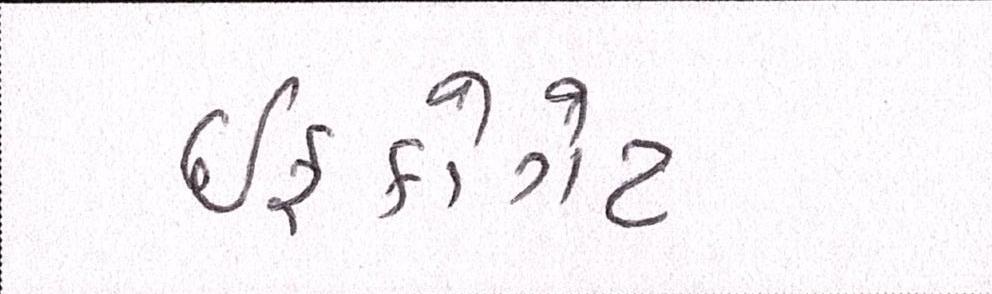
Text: ઈફકોગેટ